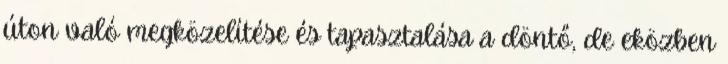
úton való megközelítése és tapasztalása a döntő, de eközben